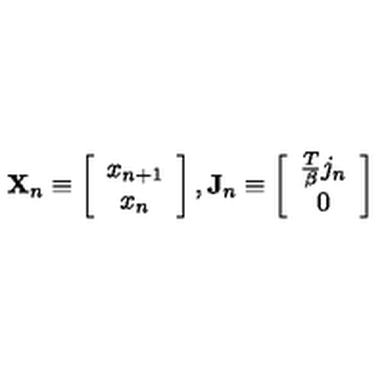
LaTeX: \mathbf { X } _ { n } \equiv \left[ \begin{array} { c } { x _ { n + 1 } } \\ { x _ { n } } \\ \end{array} \right] , \mathbf { J } _ { n } \equiv \left[ \begin{array} { c } { \frac T \beta j _ { n } } \\ { 0 } \\ \end{array} \right]